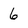
Character: 6